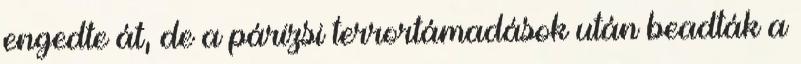
engedte át, de a párizsi terrortámadások után beadták a